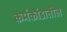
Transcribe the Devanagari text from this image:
कर्मकांडातील